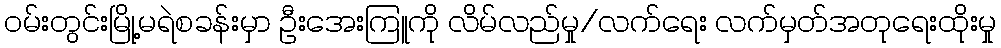
ဝမ်းတွင်းမြို့မရဲစခန်းမှာ ဦးအေးကြူကို လိမ်လည်မှု/လက်ရေး လက်မှတ်အတုရေးထိုးမှု